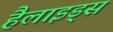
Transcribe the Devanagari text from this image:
हैलाइड्स